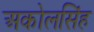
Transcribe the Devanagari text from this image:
अकोलसिंह